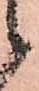
候